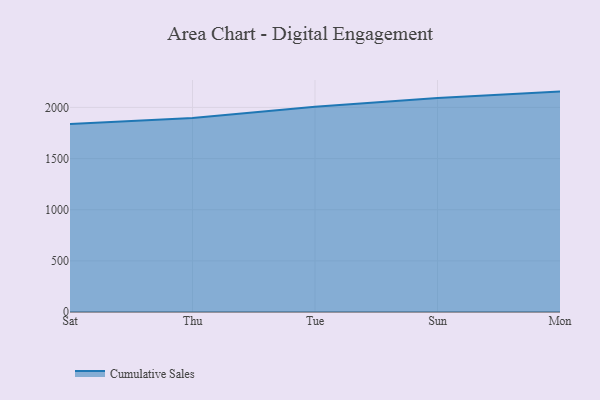
{"axis": {"x": "Day", "y": "Backlog"}, "legend": ["Cumulative Sales"], "data": [{"x": "Sat", "y": 1836.9, "type": "Cumulative Sales"}, {"x": "Thu", "y": 1895.8, "type": "Cumulative Sales"}, {"x": "Tue", "y": 2006.4, "type": "Cumulative Sales"}, {"x": "Sun", "y": 2092.8, "type": "Cumulative Sales"}, {"x": "Mon", "y": 2154.7, "type": "Cumulative Sales"}]}